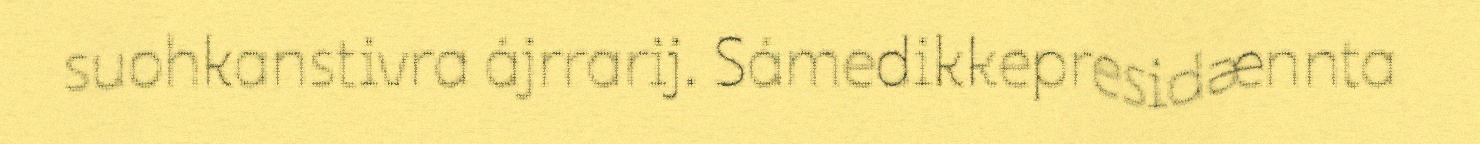
suohkanstivra ájrrarij. Sámedikkepresidænnta